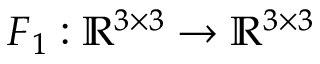
\boldsymbol { F } _ { 1 } : \mathbb { R } ^ { 3 \times 3 } \rightarrow \mathbb { R } ^ { 3 \times 3 }